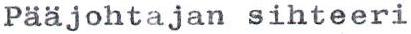
Pääjohtajan sihteeri